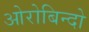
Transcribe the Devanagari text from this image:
ओरोबिन्दो